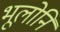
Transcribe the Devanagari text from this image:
भूलोनि